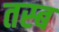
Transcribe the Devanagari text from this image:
तस्ब